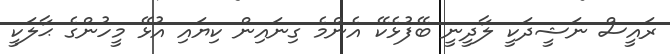
ރައީސް ނަޝީދަކީ ލާދީނީ ބޭފުޅެކޭ އެންމެ ގިނައިން ކިޔައި އުޅޭ މީހުންގެ ޙާލަކީ